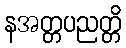
နအတ္တပညတ္တိ